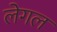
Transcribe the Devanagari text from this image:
लेगल